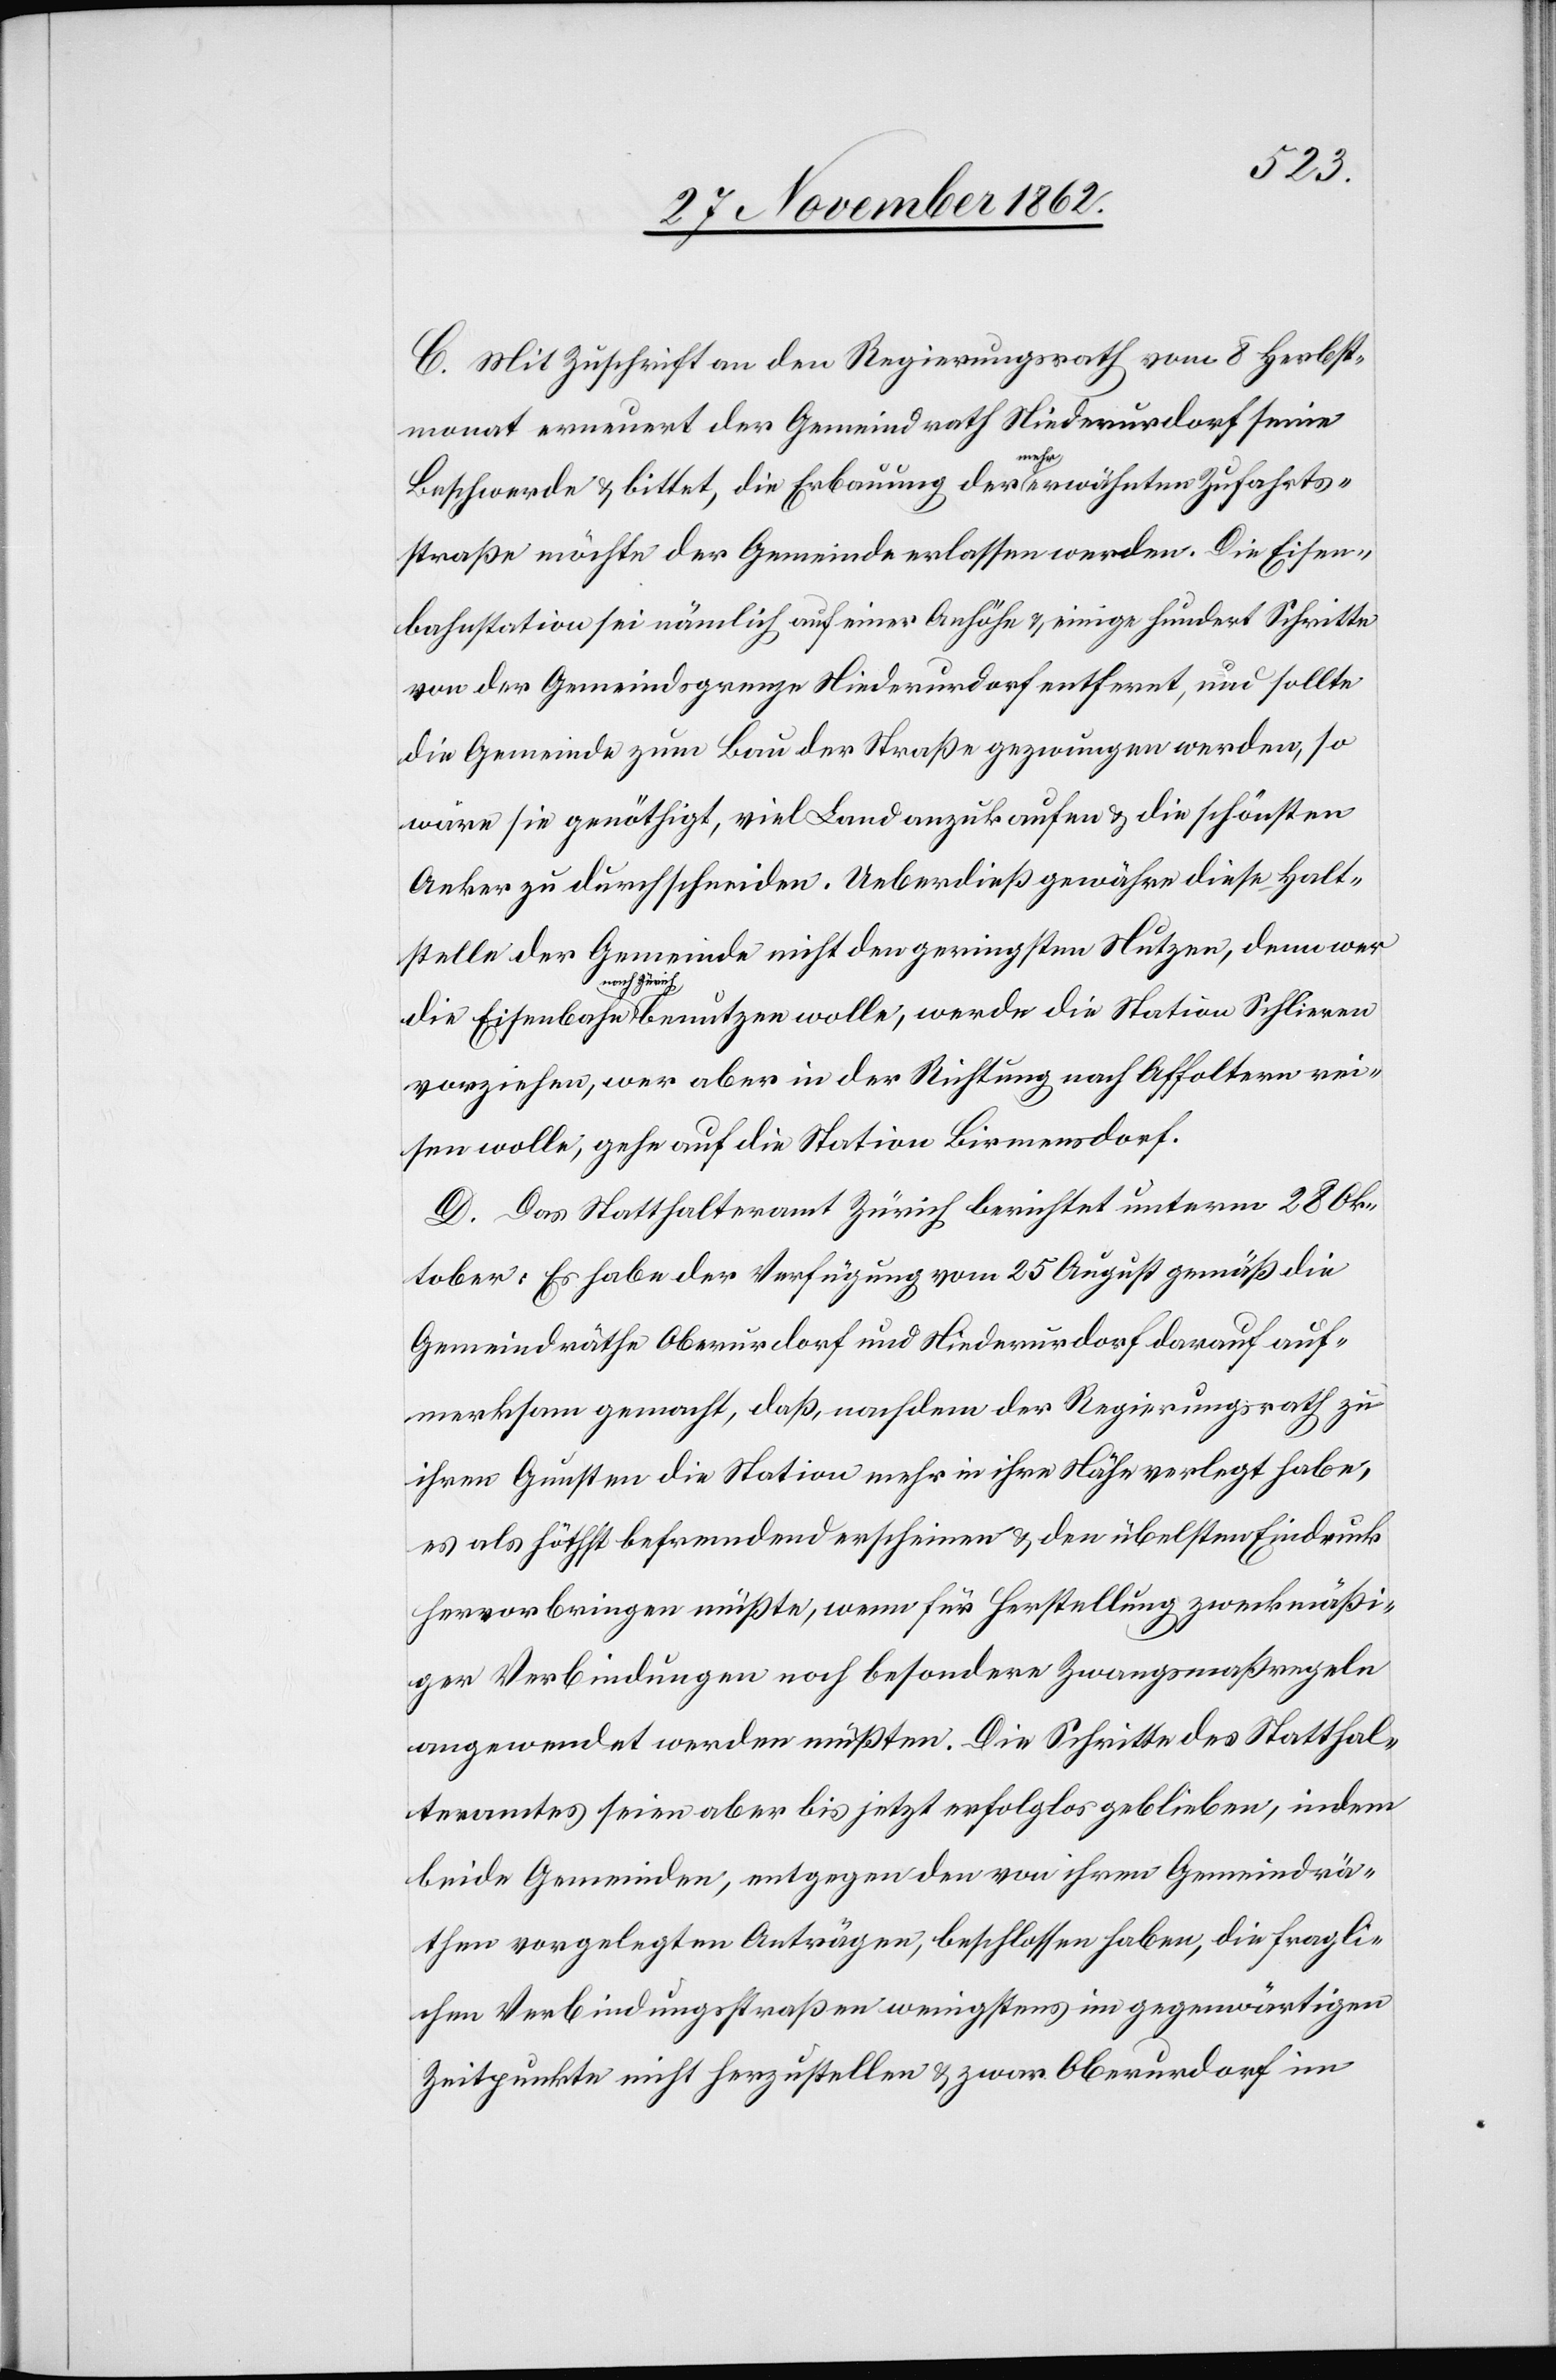
C. Mit Zuschrift an den Regierungsrath vom 8. Herbst¬
monat erneuert der Gemeindrath Niederurdorf seine
Beschwerde u. bittet, die Erbauung der mehr erwähnten Zufahrts¬
straße möchte der Gemeinde erlassen werden. Die Eisen¬
bahnstation sei nämlich auf eine Anhöhe u. einige hundert Schritte
von der Gemeindsgrenze Niederurdorf entfernt, nur sollte
die Gemeinde zu Bau der Straße gezwungen werden, so
wäre sie genöthigt, viel Land anzukaufen u. die schönsten
Aeker zu durchschneiden. Ueberdieß gewähre diese Halt¬
stelle der Gemeinde nicht den geringsten Nutzen, denn wer
nach Zürich
vorziehen, wer aber in die Richtung nach Affoltern re¬
isen wolle, gehe auf die Station Birmensdorf.
D. Das Statthalteramt Zürich berichtet unterm 28. Ok¬
tober: Es habe der Verfügung vom 25. August gemäß die
Gemeindräthe Oberurdorf und Niederurdorf darauf auf¬
merksam gemacht, daß, nachdem der Regierungsrath zu
ihren Gunsten die Station mehr in ihre Nähe verlegt habe,
es als höchst befremdend erscheine u. den übelsten Eindruck
hervorbringen müßte, wenn für Herstellung zweckmäßi¬
ger Verbindungen noch besondere Zwangsmaßregeln
angewendet werden müßten. Die Schritte des Statthal¬
teramtes seien aber bis jetzt erfolglos geblieben, indem
beide Gemeinden, entgegen den von ihren Gemeindrä¬
then vorgelegten Anträgen, beschlossen haben, die fragli¬
chen Verbindungsstraßen wenigstens im gegenwärtigen
Zeitpunkte nicht herzustellen u. zwar Oberurdorf im